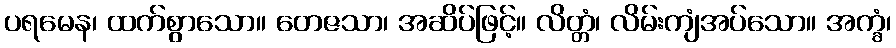
ပရမေန၊ ထက်စွာသော။ တေဇသာ၊ အဆိပ်ဖြင့်။ လိတ္တံ၊ လိမ်းကျံအပ်သော။ အက္ခံ၊